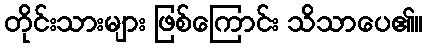
တိုင်းသားများ ဖြစ်ကြောင်း သိသာပေ၏။